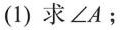
(1)求∠A；